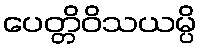
ပေတ္တိဝိသယမ္ပိ